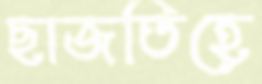
ছাজতিহে